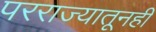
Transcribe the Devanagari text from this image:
परराज्यातूनही